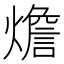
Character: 𤐐